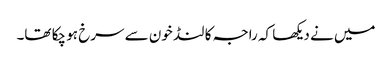
میں نے دیکھا کہ راجہ کا لنڈ خون سے سرخ ہو چکا تھا۔